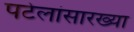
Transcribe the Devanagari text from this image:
पटेलांसारख्या